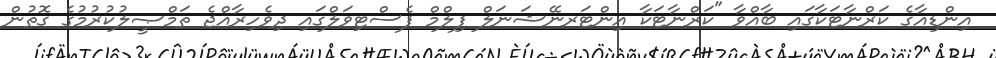
އިންޑިއާގެ ކަރްނާޓަކާގައި ބާއްވާ "ކަރްނާޓަކާ އިންޓަރނޭޝަނަލް ފިލްމް ފެސްޓިވަލްގައި ދިވެހިރާއްޖެ ތަމްޞީލުކުރުމުގެ ގޮތުން